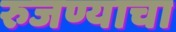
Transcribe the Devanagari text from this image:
रुजण्याचा